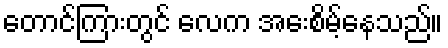
တောင်ကြားတွင် လေက အေးစိမ့်နေသည်။